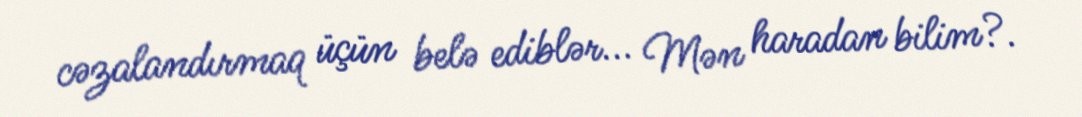
cəzalandırmaq üçün belə ediblər... Mən haradan bilim?.